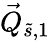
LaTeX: \vec{Q}_{\tilde{s},1}